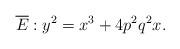
LaTeX: \begin{align*}\overline{E }: y^2=x^3 +4 p^2q^2 x.\end{align*}